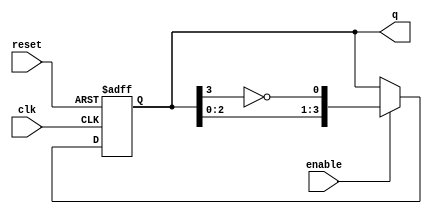
module johnson_counter #(
    parameter N = 4  // Number of flip-flops (can be changed as needed)
)(
    input wire clk,       // Clock input
    input wire reset,     // Asynchronous reset
    input wire enable,    // Enable signal
    output reg [N-1:0] q // Output state of the counter
);

// Internal signal for the inverted output of the last flip-flop
wire feedback;

// Assign the inverted output of the last flip-flop to feedback
assign feedback = ~q[N-1];

// Sequential logic for the Johnson counter
always @(posedge clk or posedge reset) begin
    if (reset) begin
        q <= 0; // Reset all flip-flops to 0
    end else if (enable) begin
        // Shift the current state and feed back the inverted last output
        q <= {q[N-2:0], feedback}; // Shift left and insert feedback
    end
end

endmodule